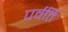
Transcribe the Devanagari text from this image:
पर्वर्ति